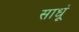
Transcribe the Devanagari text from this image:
साधूं